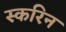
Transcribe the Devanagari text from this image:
स्करिन